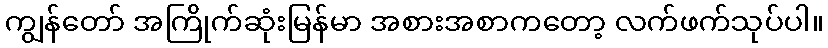
ကျွန်တော် အကြိုက်ဆုံးမြန်မာ အစားအစာကတော့ လက်ဖက်သုပ်ပါ။